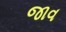
જાવ